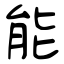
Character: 能